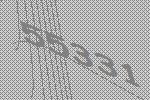
55331